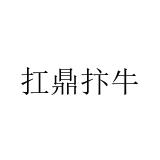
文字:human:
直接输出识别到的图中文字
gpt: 扛鼎抃牛